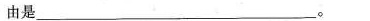
由是___。